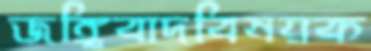
জঙ্গিবাদবিষয়ক